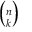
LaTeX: \scriptstyle { \binom { n } { k } }